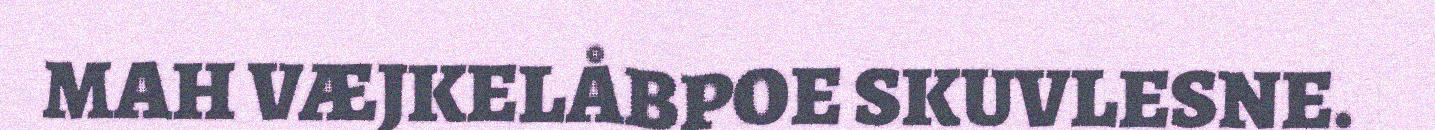
MAH VÆJKELÅBPOE SKUVLESNE.